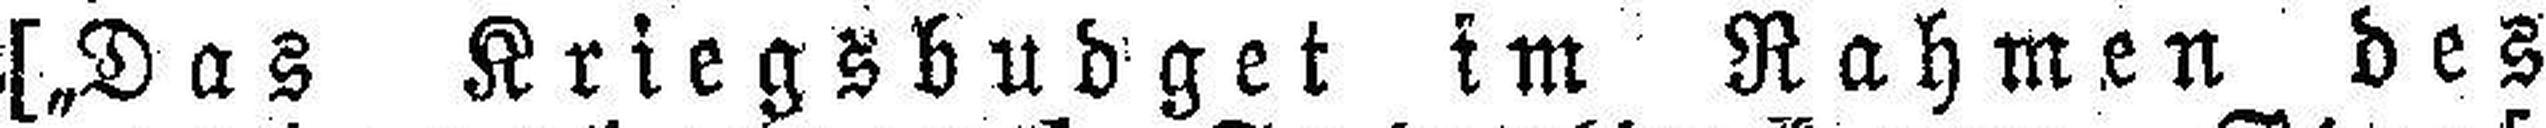
[„Das Kriegsbudget im Rahmen des